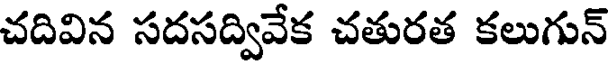
చదివిన సదసద్వివేక చతురత కలుగున్